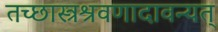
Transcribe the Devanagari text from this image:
तच्छास्त्रश्रवणादावन्यत्